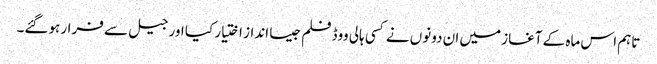
تاہم اس ماہ کے آغاز میں ان دونوں نے کسی ہالی ووڈ فلم جیسا انداز اختیار کیا اور جیل سے فرار ہوگئے۔